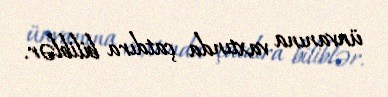
ünvanına vaxtında çatdıra biliblər.